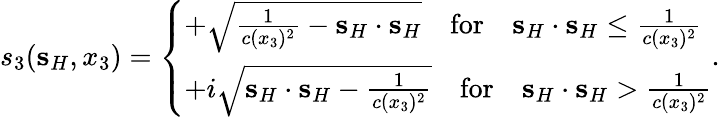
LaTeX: s_{3}({\mathbf s}_{H},x_{3})=\left\{ \begin{array}{ll}{+\sqrt{\frac{1}{c(x_{3})^{2}}-{\mathbf s}_{H}\cdot{\mathbf s}_{H}}\quad\mathrm{for}\quad{\mathbf s}_{H}\cdot{\mathbf s}_{H}\leq\frac{1}{c(x_{3})^{2}}}\\ {+i\sqrt{{\mathbf s}_{H}\cdot{\mathbf s}_{H}-\frac{1}{c(x_{3})^{2}}}\quad\mathrm{for}\quad{\mathbf s}_{H}\cdot{\mathbf s}_{H}>\frac{1}{c(x_{3})^{2}}}\end{array}\right..